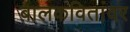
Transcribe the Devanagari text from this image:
बालकवितांवर